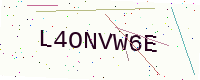
Text: L4ONVW6E